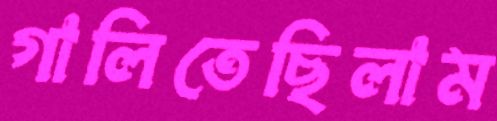
গালিতেছিলাম